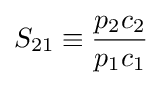
S_{21}\equiv {\frac {p_{2}c_{2}}{p_{1}c_{1}}}